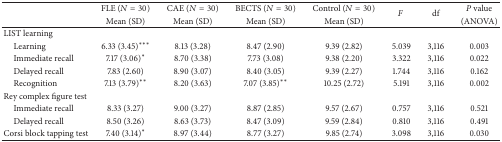
<table><thead><tr><td><b> </b></td><td><b>FLE (<i>N</i> = 30)</b></td><td><b>CAE (<i>N</i> = 30)</b></td><td><b>BECTS (<i>N</i> = 30)</b></td><td><b>Control (<i>N</i> = 30)</b></td><td rowspan="2"><b><i>F </i></b></td><td rowspan="2"><b>df</b></td><td><b><i>P</i> value </b></td></tr><tr><td><b> </b></td><td><b>Mean (SD)</b></td><td><b>Mean (SD)</b></td><td><b>Mean (SD)</b></td><td><b>Mean (SD)</b></td><td><b>(ANOVA)</b></td></tr></thead><tbody><tr><td>LIST learning</td><td> </td><td> </td><td> </td><td> </td><td> </td><td> </td><td> </td></tr><tr><td> Learning </td><td>6.33 (3.45)∗∗∗</td><td>8.13 (3.28)</td><td>8.47 (2.90)</td><td>9.39 (2.82)</td><td>5.039</td><td>3,116</td><td>0.003</td></tr><tr><td> Immediate recall</td><td>7.17 (3.06)∗</td><td>8.70 (3.38)</td><td>7.73 (3.08)</td><td>9.38 (2.20)</td><td>3.322</td><td>3,116</td><td>0.022</td></tr><tr><td> Delayed recall</td><td>7.83 (2.60) </td><td>8.90 (3.07)</td><td>8.40 (3.05)</td><td>9.39 (2.27)</td><td>1.744</td><td>3,116</td><td>0.162</td></tr><tr><td> Recognition</td><td>7.13 (3.79)∗∗</td><td>8.20 (3.63)</td><td>7.07 (3.85)∗∗</td><td>10.25 (2.72)</td><td>5.191</td><td>3,116</td><td>0.002</td></tr><tr><td>Rey complex figure test</td><td> </td><td> </td><td> </td><td> </td><td> </td><td> </td><td> </td></tr><tr><td> Immediate recall</td><td>8.33 (3.27)</td><td>9.00 (3.27)</td><td>8.87 (2.85)</td><td>9.57 (2.67)</td><td>0.757</td><td>3,116</td><td>0.521</td></tr><tr><td> Delayed recall</td><td>8.50 (3.26)</td><td>8.63 (3.73)</td><td>8.47 (3.09)</td><td>9.59 (2.84)</td><td>0.810</td><td>3,116</td><td>0.491</td></tr><tr><td>Corsi block tapping test</td><td>7.40 (3.14)∗</td><td>8.97 (3.44)</td><td>8.77 (3.27)</td><td>9.85 (2.74)</td><td>3.098</td><td>3,116</td><td>0.030</td></tr></tbody></table>